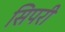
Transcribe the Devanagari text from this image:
सिपरी